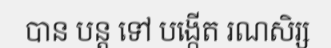
បាន បន្ត ទៅ បង្កើត រណសិរ្ស